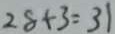
2 8 + 3 = 3 1